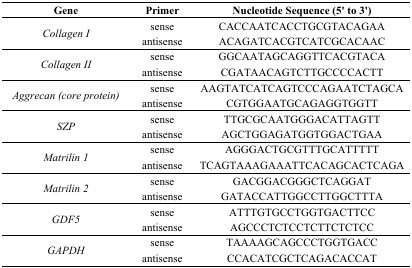
| Gene | Primer | Nucleotide Sequence (5′ to 3′) |
 | --- | --- | --- |
 | <ROWSPAN=2> Collagen I | sense | CACCAATCACCTGCGTACAGAA |
 | antisense | ACAGATCACGTCATCGCACAAC |
 | <ROWSPAN=2> Collagen II | sense | GGCAATAGCAGGTTCACGTACA |
 | antisense | CGATAACAGTCTTGCCCCACTT |
 | <ROWSPAN=2> Aggrecan (core protein) | sense | AAGTATCATCAGTCCCAGAATCTAGCA |
 | antisense | CGTGGAATGCAGAGGTGGTT |
 | <ROWSPAN=2> SZP | sense | TTGCGCAATGGGACATTAGTT |
 | antisense | AGCTGGAGATGGTGGACTGAA |
 | <ROWSPAN=2> Matrilin 1 | sense | AGGGACTGCGTTTGCATTTTT |
 | antisense | TCAGTAAAGAAATTCACAGCACTCAGA |
 | <ROWSPAN=2> Matrilin 2 | sense | GACGGACGGGCTCAGGAT |
 | antisense | GATACCATTGGCCTTGGCTTTA |
 | <ROWSPAN=2> GDF5 | sense | ATTTGTGCCTGGTGACTTCC |
 | antisense | AGCCCTCTCCTCTTCTCTCC |
 | <ROWSPAN=2> GAPDH | sense | TAAAAGCAGCCCTGGTGACC |
 | antisense | CCACATCGCTCAGACACCAT |